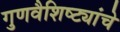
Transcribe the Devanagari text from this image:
गुणवैशिष्ट्यांचे